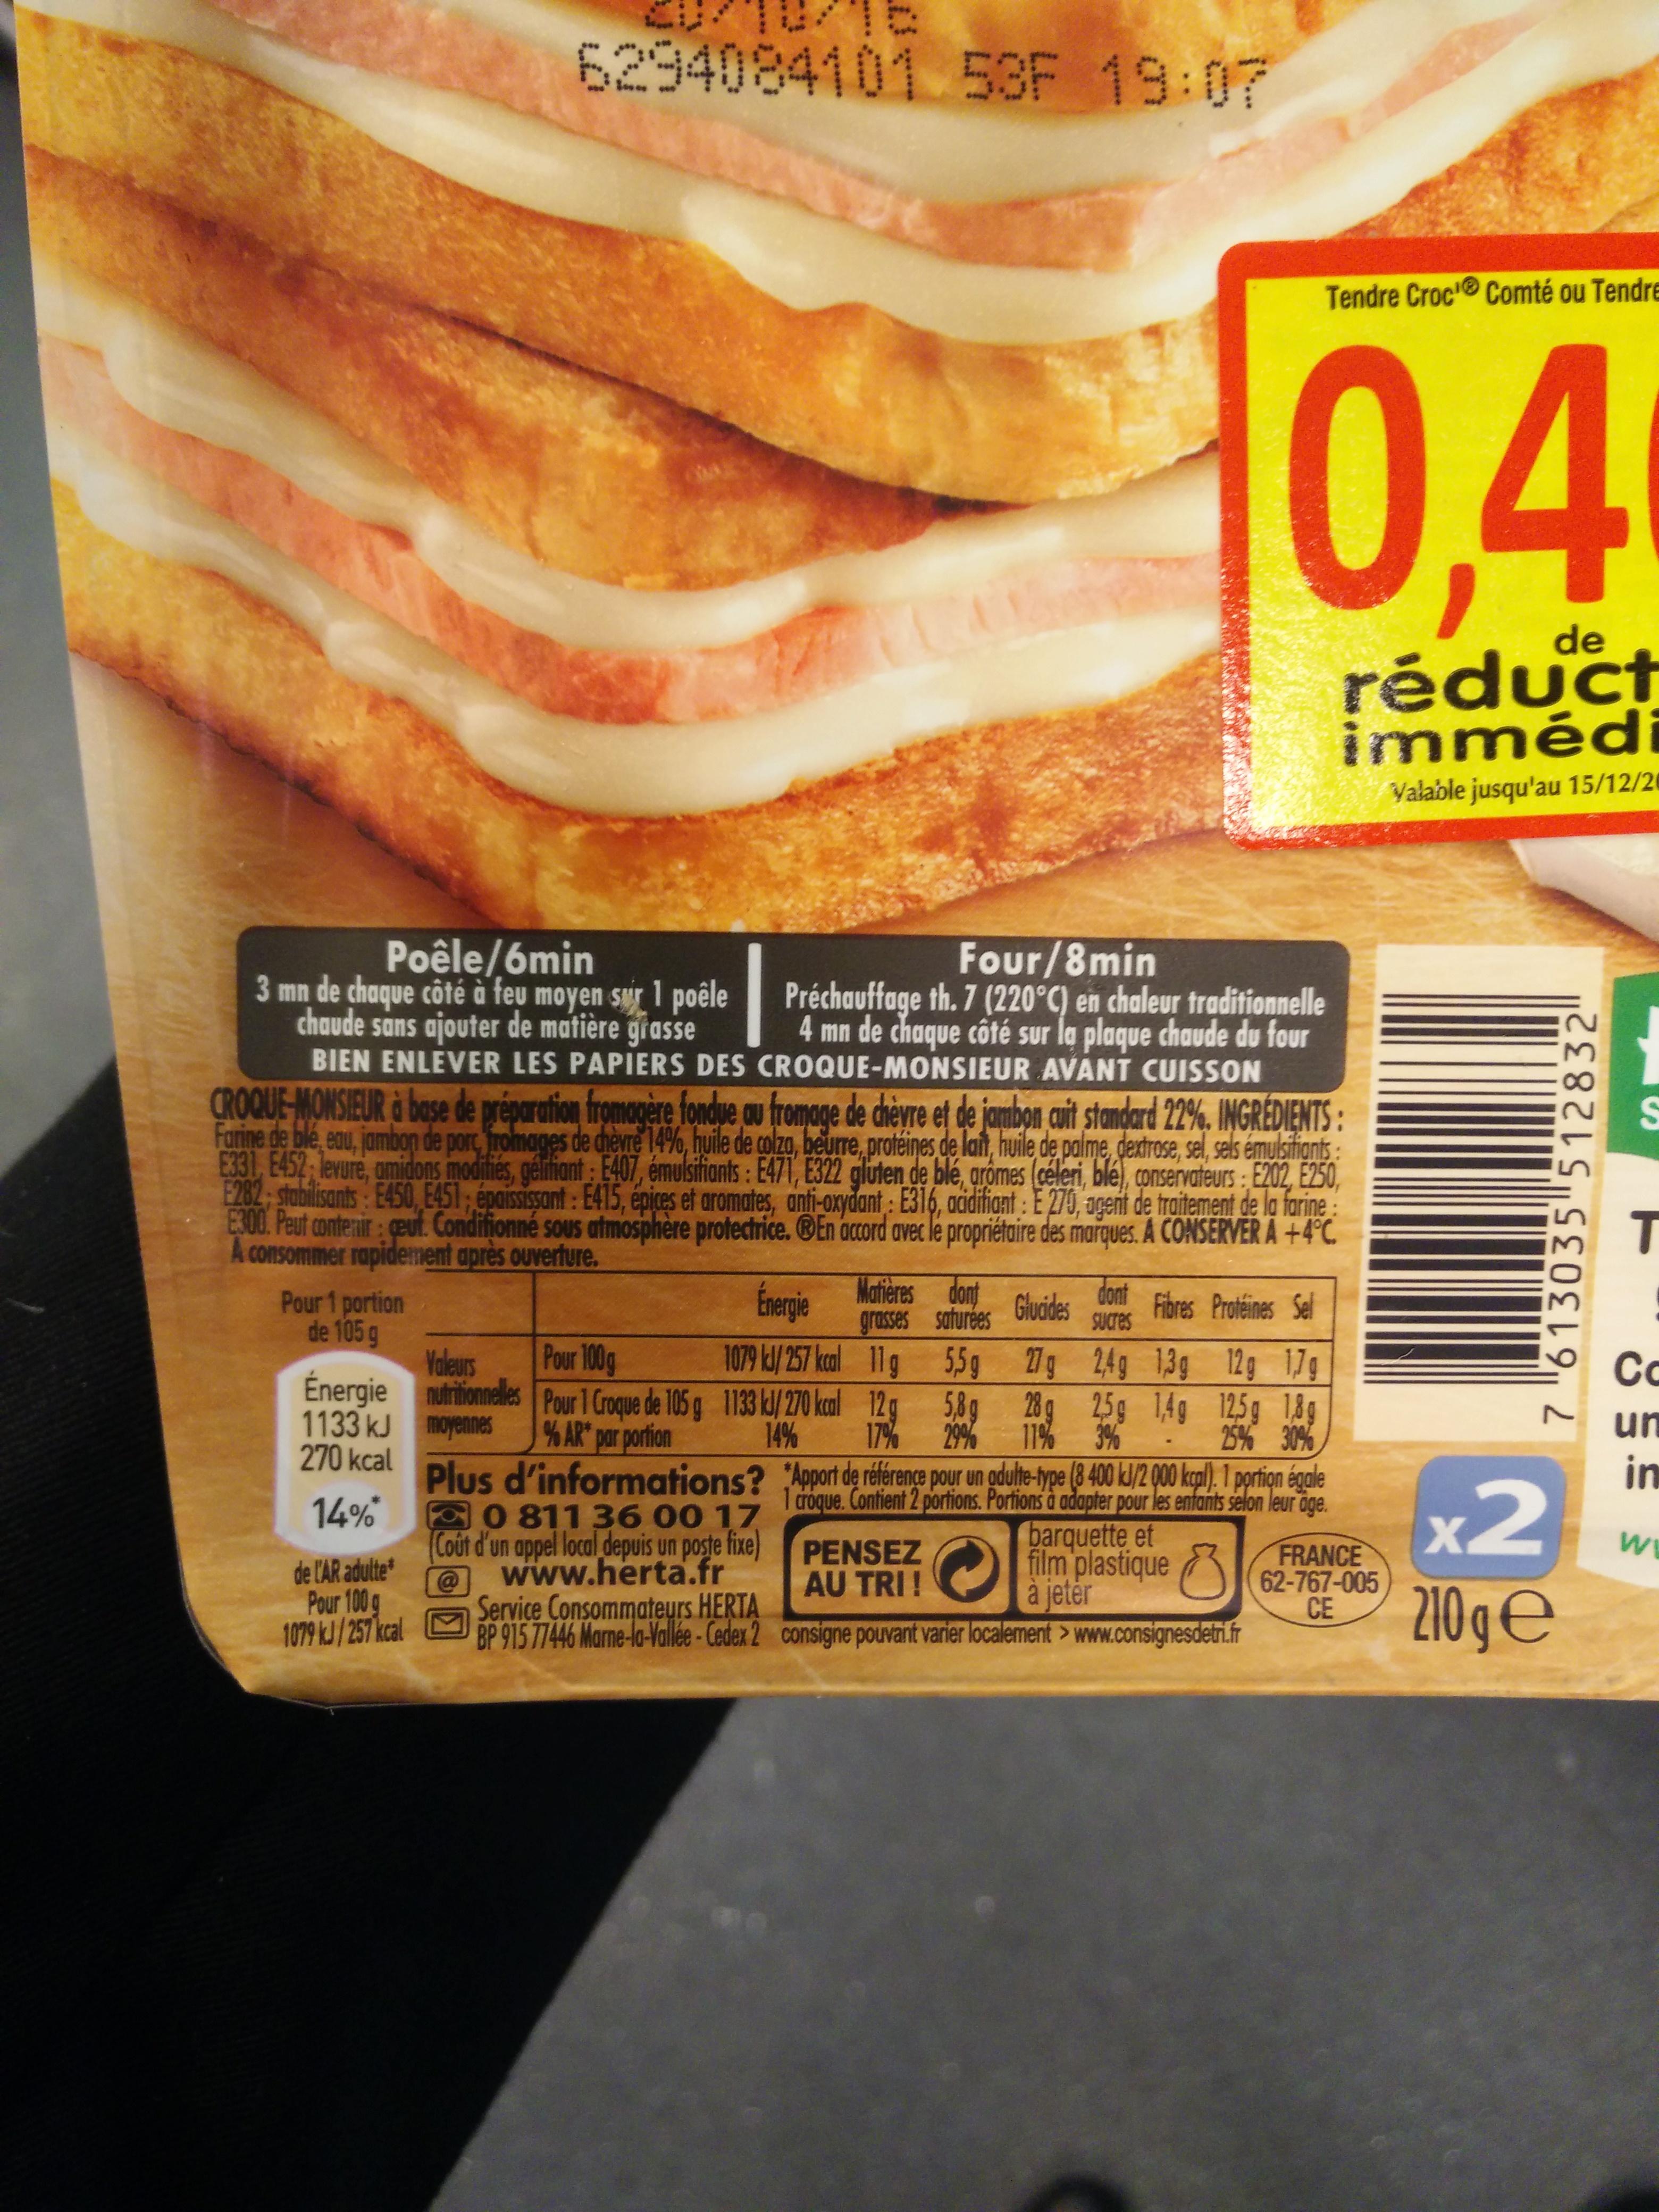
Poêle/6min
3 mn de chaque côté à feu moyen sur 1 poêle chaude sans ajouter de matière grasse
6294084101 53F 19:07
Four/8min Préchauffage th. 7 (220°C) en chaleur traditionnelle 4 mn de chaque côté sur la plaque chaude du four BIEN ENLEVER LES PAPIERS DES CROQUE-MONSIEUR AVANT CUISSON
Pour 1 portion
de 105 g
Énergie 1133 kJ
270 kcal
14%*
CROQUE-MONSIEUR à base de préparation fromagère fondue au fromage de chèvre et de jambon cuit standard 22%. INGREDIENTS: Farine de blé, eau, jambon de porc, fromages de chèvre 14%, huile de colza, beurre, protéines de lait, huile de palme, dextrose, sel, sels émulsifiants: E331, E452 levure, amidons modifiés, gélifiant: E407, émulsifiants: E471, E322 gluten de blé, arômes (céleri, blé), conservateurs: E202, E250, E282-stabilisants: E450, E451; épaississant: E415, épices et aromates, anti-oxydant: E316, acidifiant : E 270, agent de traitement de la farine E300. Peut contenir geut. Conditionné sous atmosphère protectrice. En accord avec le propriétaire des marques. A CONSERVER A +4°C. A consommer rapidement après ouverture.
de l'AR adulte* Pour 100 g 1079 kJ/257 kcal
Matières dont grasses saturées
0811 36 00 17 Coût d'un appel local depuis un poste fixe) www.herta.fr Service Consommateurs HERTA BP 915 77446 Marne-la-Vallée-Cedex 2
Énergie
Fibres Protéines Sel
Valeurs
Pour 100g
1079 kJ/ 257 kcal
2,4g 1,3g 12g 1,7g
11 g nutritionnelles Pour 1 Croque de 105 g 1133 kJ/ 270 kcal 12g
2,5g 1,4g 12.5g 1,8g
moyennes
14% 17%
3%
25% 30%
% AR* par portion Plus d'informations? "Apport de référence pour un adulte-type (8 400 kJ/2 000 kcal). 1 portion égale
1 croque. Contient 2 portions. Portions à adapter pour les enfants selon leur age.
5,5g
5,8g
29%
PENSEZ AU TRI!
Tendre Croc Comté ou Tendre
Glucides
27 g
28 g
11%
0,4
de
réduct immédi
Valable jusqu'au 15/12/20
dont SUCres
barquette et film plastique à jetér consigne pouvant varier localement > www.consignesdetri.fr
FRANCE 62-767-005
CE
x2
210 ge
7 "613035"512832
S
T
Сс
un
in
WW